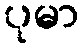
ပုမာ